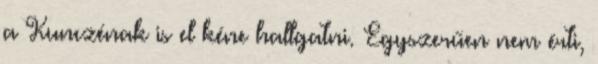
a Kunczénak is el kéne hallgatni. Egyszerűen nem érti,